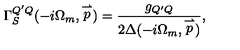
\Gamma _ { S } ^ { Q ^ { \prime } Q } ( - i \Omega _ { m } , \stackrel { \rightharpoonup } { p } ) = \frac { g _ { Q ^ { \prime } Q } } { 2 \Delta ( - i \Omega _ { m } , \stackrel { \rightharpoonup } { p } ) } ,